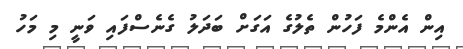
އިން އެންމެ ފަހުން ތެލުގެ އަގަށް ބަދަލު ގެނެސްފައި ވަނީ މި މަހު